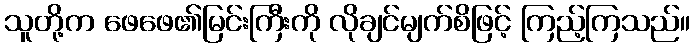
သူတို့က ဖေဖေ၏မြင်းကြီးကို လိုချင်မျက်စိဖြင့် ကြည့်ကြသည်။